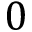
0